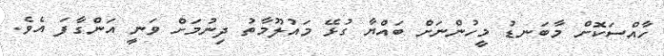
ހާއްސަކޮށް މާބަނޑު މީހުންނަށް ބައްޔާ ގުޅޭ މައުލޫމާތު ދިނުމަށް ވަނީ އަންގާފަ އެވެ.